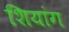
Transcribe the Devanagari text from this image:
शियांग